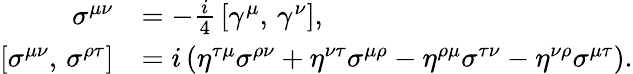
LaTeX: {\begin{array}{rl}{\sigma^{\mu\nu}}&{=-{\frac{i}{4}}\left[\gamma^{\mu},\, \gamma^{\nu}\right],}\\ {\left[\sigma^{\mu\nu},\, \sigma^{\rho\tau}\right]}&{=i\left(\eta^{\tau\mu}\sigma^{\rho\nu}+\eta^{\nu\tau}\sigma^{\mu\rho}-\eta^{\rho\mu}\sigma^{\tau\nu}-\eta^{\nu\rho}\sigma^{\mu\tau}\right).}\end{array}}